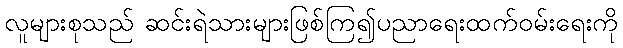
လူများစုသည် ဆင်းရဲသားများဖြစ်ကြ၍ပညာရေးထက်ဝမ်းရေးကို